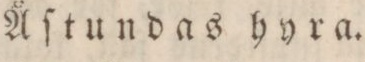
Åſtundas hyra.